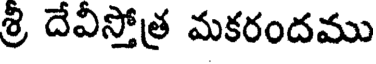
శ్రి దేవిస్తోత్ర మకరందము